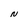
Character: N